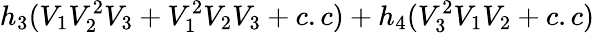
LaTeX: h_{3}(V_{1}V_{2}^{2}V_{3}+V_{1}^{2}V_{2}V_{3}+c.c)+h_{4}(V_{3}^{2}V_{1}V_{2}+c.c)